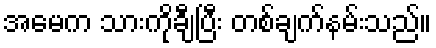
အမေက သားကိုချီပြီး တစ်ချက်နမ်းသည်။